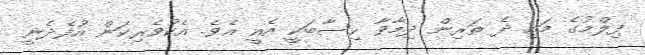
ފިލްމުގެ މައި ދެ ތަރިން ދިމާވާ ހިސާބަކީ އެއީ އެވެ. އެކުވެރިކަން އުފެދެނީ